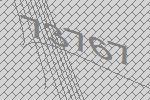
73767